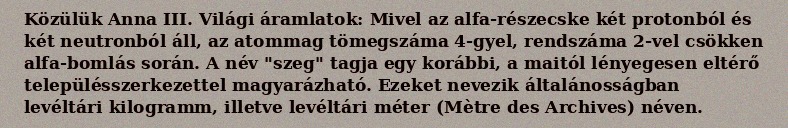
Közülük Anna III. Világi áramlatok: Mivel az alfa-részecske két protonból és két neutronból áll, az atommag tömegszáma 4-gyel, rendszáma 2-vel csökken alfa-bomlás során. A név "szeg" tagja egy korábbi, a maitól lényegesen eltérő településszerkezettel magyarázható. Ezeket nevezik általánosságban levéltári kilogramm, illetve levéltári méter (Mètre des Archives) néven.